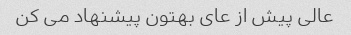
عالی پیش از عای بهتون پیشنهاد می کن